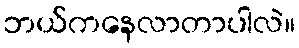
ဘယ်ကနေလာတာပါလဲ။